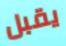
يقبل